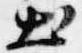
出